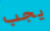
يجب